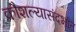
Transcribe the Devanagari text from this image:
कौशल्यासंदर्भात